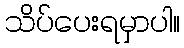
သိပ်ပေးရမှာပါ။